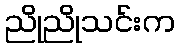
ညိုညိုသင်းက